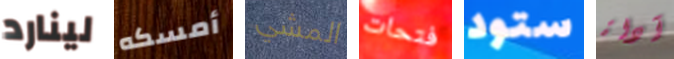
لينارد أمسكه المشي فتحات ستود آداة